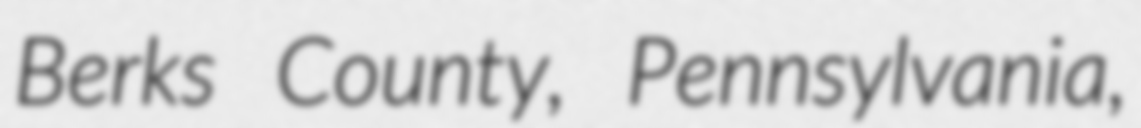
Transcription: Berks County, Pennsylvania,